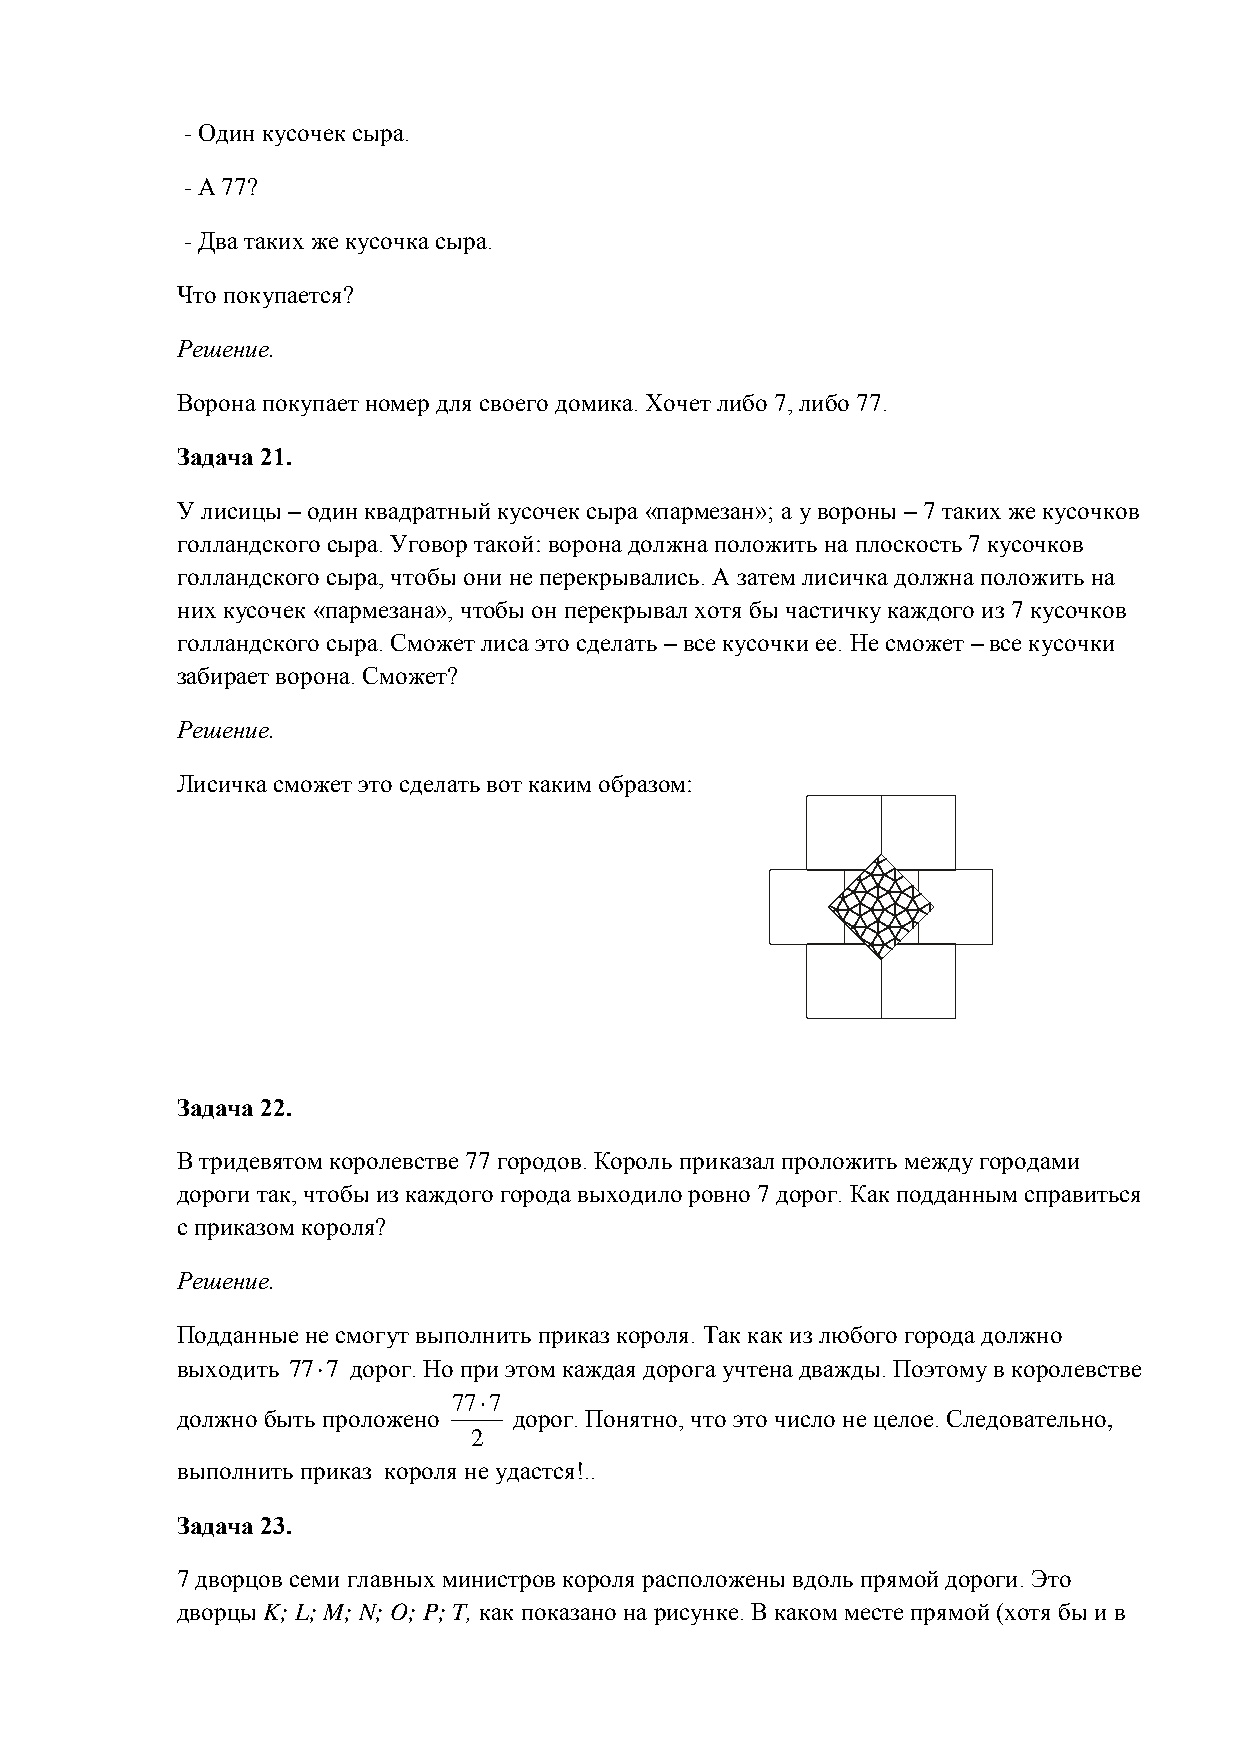
- Один кусочек сыра.
 - А 77?
 - Два таких же кусочка сыра.
 Что покупается?
 Решение.
 Ворона покупает номер для своего домика. Хочет либо 7, либо 77.
 Задача 21.
 У лисицы – один квадратный кусочек сыра «пармезан»; а у вороны – 7 таких же кусочков
 голландского сыра. Уговор такой: ворона должна положить на плоскость 7 кусочков
 голландского сыра, чтобы они не перекрывались. А затем лисичка должна положить на
 них кусочек «пармезана», чтобы он перекрывал хотя бы частичку каждого из 7 кусочков
 голландского сыра. Сможет лиса это сделать – все кусочки ее. Не сможет – все кусочки
 забирает ворона. Сможет?
 Решение.
 Лисичка сможет это сделать вот каким образом:
 Задача 22.
 В тридевятом королевстве 77 городов. Король приказал проложить между городами
 дороги так, чтобы из каждого города выходило ровно 7 дорог. Как подданным справиться
 с приказом короля?
 Решение.
 Подданные не смогут выполнить приказ короля. Так как из любого города должно
 выходить 777 дорог. Но при этом каждая дорога учтена дважды. Поэтому в королевстве
 777
 должно быть проложено дорог. Понятно, что это число не целое. Следовательно,
 2
 выполнить приказ короля не удастся!..
 Задача 23.
 7 дворцов семи главных министров короля расположены вдоль прямой дороги. Это
 дворцы K; L; M; N; O; P; T, как показано на рисунке. В каком месте прямой (хотя бы и в